system: You are a helpful assistant.
user:
Analyze the provided spectrum to determine if it is a **White Dwarf (WD)**.

A White Dwarf spectrum is defined by its **extreme purity** (due to gravitational settling) and/or **extreme pressure broadening** (due to high surface gravity). You must check for one of the following mutually exclusive signatures:

- **Key Visual Indicators (Check for ONE of these types):**

    - **1. DA-Type Signature (Most Common):**
        - **(Primary Feature):** Extreme pressure broadening (Stark broadening) of the **Hydrogen (H) Balmer lines**.
        - **(Key Lines):** $H\beta$ (approx. $4861$ Å) and $H\gamma$ (approx. $4340$ Å). $H\alpha$ (approx. $6563$ Å) will also be present if the wavelength range covers it.
        - **(Line Profile):** This is the **defining feature**. The lines are **NOT** sharp. They appear as massive, **extremely broad and deep "troughs" or "dips"** in the spectrum, often hundreds of Ångströms wide. The continuum will appear to "scoop" down at these wavelengths.
        - **(Distinction):** Normal A-type or B-type stars have *narrow* and *sharp* Hydrogen lines. A DA White Dwarf's lines are unmistakably "smeared" or "blurry" from pressure.

    - **2. DB-Type Signature:**
        - **(Primary Feature):** Broad absorption lines from **Neutral Helium (He I)**. The spectrum must lack any visible Hydrogen lines.
        - **(Key Lines):** Look for broad absorption near $4471$ Å, $4921$ Å, and $5876$ Å.
        - **(Line Profile):** These lines are also significantly pressure-broadened, appearing much wider than they would in a normal B-type main-sequence star.

    - **3. DC-Type Signature:**
        - **(Primary Feature):** A **featureless continuous spectrum**.
        - **(Line Profile):** The spectrum is a smooth curve with **no significant absorption or emission lines**.
        - **(Key Confirmation):** The continuum is almost always **blue or white**, indicating a hot object. This signature implies the atmosphere is so pure (or so cool) that no spectral lines are visible in the optical range. Its WD identity is confirmed by its extremely low intrinsic brightness (high absolute magnitude).

    - **4. DZ-Type Signature (Metal-Polluted):**
        - **(Primary Feature):** **Isolated, narrow metal absorption lines** on an otherwise featureless (DC-like) continuum.
        - **(Key Lines):** The **Calcium (Ca II) H & K doublet** (approx. **$3934$ Å** and **$3968$ Å**) is the most common and defining feature.
        - **(Line Profile):** These lines are "out of place." They are *not* part of a "forest" of thousands of lines. This signature is evidence of recent *accretion* (pollution) from rocky debris.
        - **(Distinction):** Normal G/K/M stars have a *dense forest* of thousands of metal lines. A DZ has a *clean* continuum with *only a few* strong metal lines.

    - **5. DQ-Type Signature (Carbon-Polluted):**
        - **(Primary Feature):** Absorption bands from **Carbon (C₂ "Swan Bands" or atomic C I)**.
        - **(Key Lines - C₂):** Look for bandheads with a "saw-tooth" shape near $5635$ Å, **$5165$ Å** (strongest), and $4737$ Å.
        - **(Key Confirmation):** The underlying **continuum must be blue or white** (hot).
        - **(Distinction):** This is the critical difference from a **Carbon Star**, which has the *exact same* C₂ bands but on an extremely **red, cool** continuum.

- **(Overall Spectrum):**
    - The continuum (overall shape) is typically **blue-sloping** (brighter in the blue than the red), as most white dwarfs are very hot.
    - The spectrum will look "pure" or "simple," dominated by only *one* of the five signatures listed above.

Think first, call **spectral_visualization_tool** if needed to examine features in detail, then provide your final answer. Your response must adhere to the following strict rules:
1.  **Overall Structure:** Your response must follow the format `<think>...</think> <tool_call>...</tool_call> (if a tool is used) <answer>...</answer>`.
2.  **Tool Usage Constraint:** You may only make **one** tool call per turn.
3.  **Final Answer Format:** In the `<answer>` tag, your conclusion must be inside a `\boxed{}` command (e.g., `\boxed{YES}` or `\boxed{NO}`), followed by your justification.

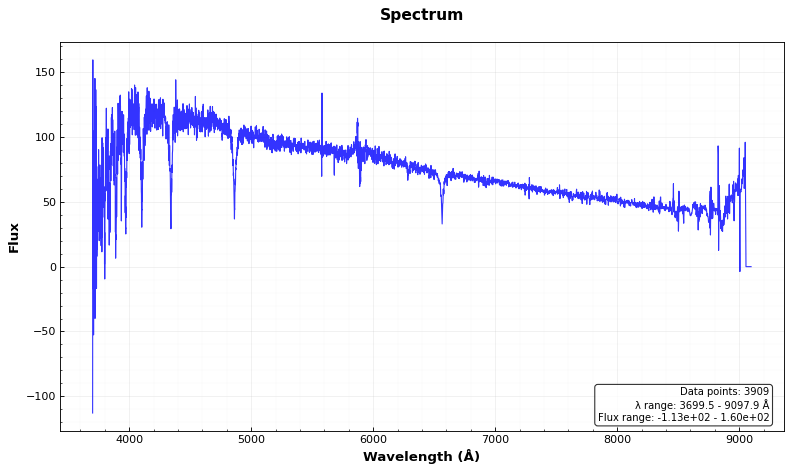
Answer: NO